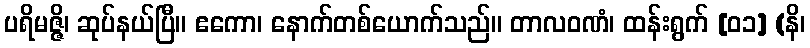
ပရိမဇ္ဇိ၊ ဆုပ်နယ်ပြီ။ ဧကော၊ နောက်တစ်ယောက်သည်။ တာလဝဏံ၊ ထန်းရွက် [၀၁] (နိ၊